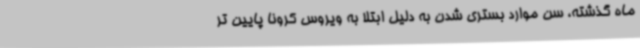
ماه گذشته، سن موارد بستری شدن به دلیل ابتلا به ویروس کرونا پایین تر